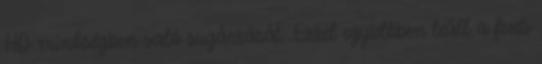
HD mínőségben való sugárzását. Ezzel egyidőben leáll a fenti